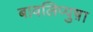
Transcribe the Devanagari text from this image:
बावलिप्पुष़ा